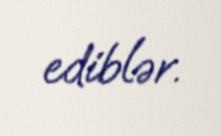
ediblər.